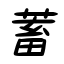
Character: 蓄